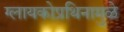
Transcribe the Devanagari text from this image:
ग्लायकोप्रथिनामुळे